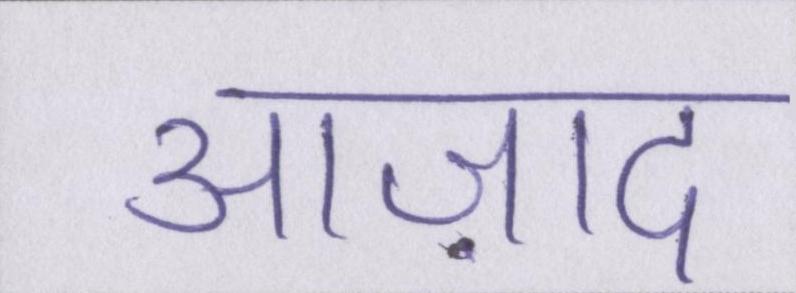
आज़ाद